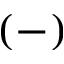
( - )